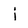
Character: j